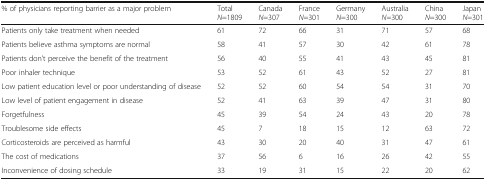
| % of physicians reporting barrier as a major problem | TotalN=1809 | CanadaN=307 | FranceN=301 | GermanyN=300 | AustraliaN=300 | ChinaN=300 | JapanN=301 |
 | --- | --- | --- | --- | --- | --- | --- | --- |
 | Patients only take treatment when needed | 61 | 72 | 66 | 31 | 71 | 57 | 68 |
 | Patients believe asthma symptoms are normal | 58 | 41 | 57 | 30 | 42 | 61 | 78 |
 | Patients don’t perceive the benefit of the treatment | 56 | 40 | 55 | 41 | 43 | 45 | 81 |
 | Poor inhaler technique | 53 | 52 | 61 | 43 | 52 | 27 | 81 |
 | Low patient education level or poor understanding of disease | 52 | 52 | 60 | 54 | 54 | 31 | 70 |
 | Low level of patient engagement in disease | 52 | 41 | 63 | 39 | 47 | 31 | 80 |
 | Forgetfulness | 45 | 39 | 54 | 24 | 43 | 20 | 78 |
 | Troublesome side effects | 45 | 7 | 18 | 15 | 12 | 63 | 72 |
 | Corticosteroids are perceived as harmful | 43 | 30 | 20 | 40 | 31 | 47 | 61 |
 | The cost of medications | 37 | 56 | 6 | 16 | 26 | 42 | 55 |
 | Inconvenience of dosing schedule | 33 | 19 | 31 | 15 | 22 | 20 | 62 |